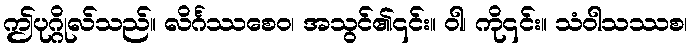
ဤပုဂ္ဂိုလ်သည်။ လိင်္ဂဿစေဝ၊ အသွင်၏၎င်း။ ဝါ၊ ကို၎င်း။ သံဝါသဿစ၊